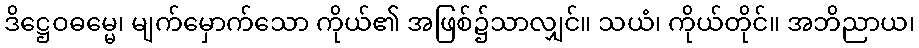
ဒိဋ္ဌေဝဓမ္မေ၊ မျက်မှောက်သော ကိုယ်၏ အဖြစ်၌သာလျှင်။ သယံ၊ ကိုယ်တိုင်။ အဘိညာယ၊